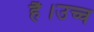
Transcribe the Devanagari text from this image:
है।उच्च